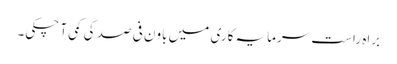
براہ راست سرمایہ کاری میں باون فی صد کی کمی آ چکی۔